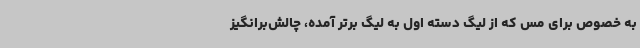
به خصوص برای مس که از لیگ دسته اول به لیگ برتر آمده، چالش‌برانگیز